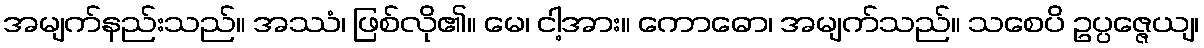
အမျက်နည်းသည်။ အဿံ၊ ဖြစ်လို၏။ မေ၊ ငါ့အား။ ကောဓော၊ အမျက်သည်။ သစေပိ ဥပ္ပဇ္ဇေယျ၊